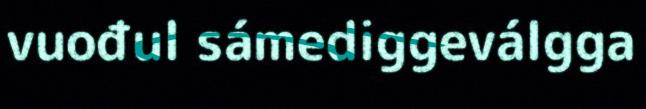
vuođul sámediggeválgga